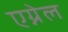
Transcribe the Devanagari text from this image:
एग्नेल